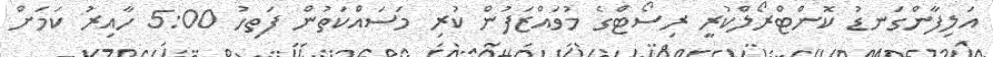
އަލިފާންގަނޑު ކޮންޓްރޯލްކުރީ ރިސޯޓްގެ މުވައްޒަފުން ކުރި މަސައްކަތުން ފަތިހު 5:00 ހާއިރު ކަމަށް